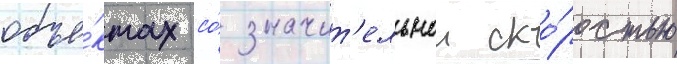
объе́ктах со́ значит'ельнои ско́ростью